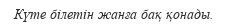
Күте білетін жанға бақ қонады.